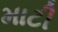
માટી